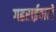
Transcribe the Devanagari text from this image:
गहराईवाले